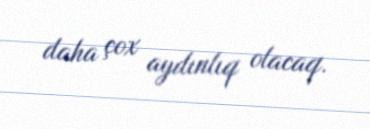
daha çox aydınlıq olacaq.